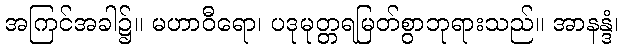
အကြင်အခါ၌။ မဟာဝီရော၊ ပဒုမုတ္တရမြတ်စွာဘုရားသည်။ အာနန္ဒံ၊